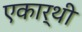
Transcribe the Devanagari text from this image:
एकार्थी